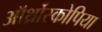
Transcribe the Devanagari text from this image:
ऑर्थ्रोस्कोपिया